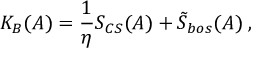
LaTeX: K _ { B } ( A ) = \frac 1 \eta S _ { C S } ( A ) + \tilde { S } _ { b o s } ( A ) \; ,